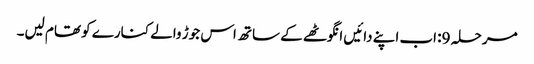
مرحلہ 9: اب اپنے دائیں انگوٹھے کے ساتھ اس جوڑ والے کنارے کو تھام لیں۔